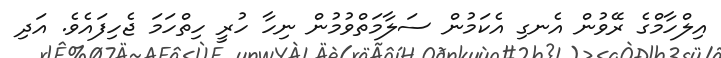
އިލްހާމްގެ ރޭވުން އެނގި އެކަމުން ސަލާމަތްވުމުން ނިހާ ހުރީ ހިތްހަމަ ޖެހިފައެވެ. އަދި